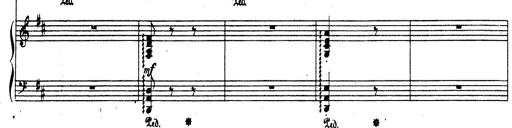
Title: Rhapsodie espagnole
Composer: Franz Liszt